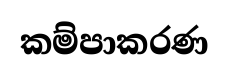
කම්පාකරණ